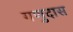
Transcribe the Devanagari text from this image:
गणुदास